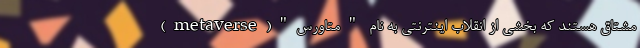
مشتاق هستند که بخشی از انقلاب اینترنتی به نام "متاورس"(metaverse)